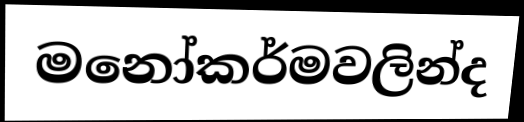
මනෝකර්මවලින්ද